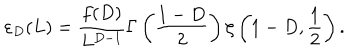
\varepsilon _ { D } ( L ) = \frac { f ( D ) } { L ^ { D - 1 } } \Gamma \left( \frac { 1 - D } { 2 } \right) \zeta \left( 1 - D , \frac 1 { 2 } \right) .